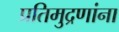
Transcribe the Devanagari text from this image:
प्रतिमुद्रणांना